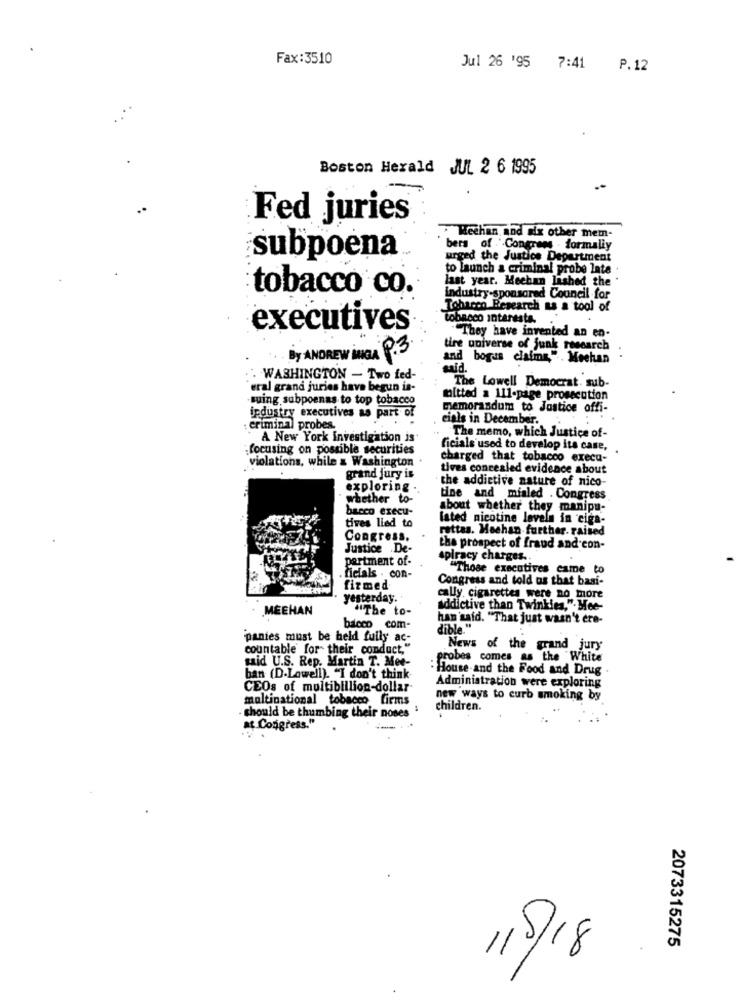
Fax:3510
Jul 26 '95 7:41 P.12
Boston Herald JUL 2 6 1995
Fed juries
Hechan and six other mem-
bers of ' Congress . formally
subpoena
urged the Justice Department
to launch a criminal probe late
last year. Mechan lashed the
tobacco co.
industry-sponsored Council for
Tobacco Research as a tool of
tobacco interests.
executives
"They have invented an en-
tire universe of junk research
By ANDREW INGA P.3
and bogus claims,". Meehan
said.
. WASHINGTON - Two fed-
'eral grand juries have begun is-
The Lowell Democrat. sub-
-suing subpoenas to top tobacco
mitted a 111-page prosecution
memorandum to Justice offi-
industry executives as part of
cials in December.
: Criminal probes.
A New York investigation is
The memo, which Justice of-
focusing on possible securities
ficials used to develop its case,
violations, while & Washington .
charged that tobacco execu-
tives concealed evidence about
grand jury is
the addictive nature of nico-
exploring .
whether to-
tine and mialed . Congress
bacco execu-
about whether they manipu-
tives lied to
lated nicotine levels in ciga-
rattas. Hechan- further. raised
Congress,
Justice .De-
the prospect of fraud and con-
partment of-
spiracy charges ..
"Those executives came to
ficials - con-
Congress and told us that basi-
fizmed
yesterday.
cally cigarettes were no more
MEEHAN
"The to-
addictive than Twinkies,". Mee-
han said. "That just wasn't ere-
bacco com-
dible."
panies must be held fully ac-
countable for their conduct."
News of the grand jury
said U.S. Rep. Martin T. Mee-
probes comes as the White
- House and the Food and Drug
ban (D-Lawell). "I don't think
Administration were exploring
CEOs of multibillion-dollar
multinational tobacco firms
new ways to curb smoking by
· should be thumbing their noses
children.
at Congress."
2073315275
11
1/5/18